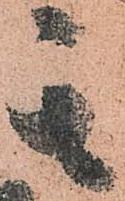
其